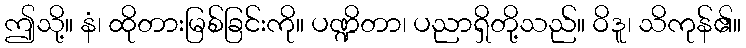
ဤသို့။ နံ၊ ထိုတားမြစ်ခြင်းကို။ ပဏ္ဍိတာ၊ ပညာရှိတို့သည်။ ဝိဒူ၊ သိကုန်၏။